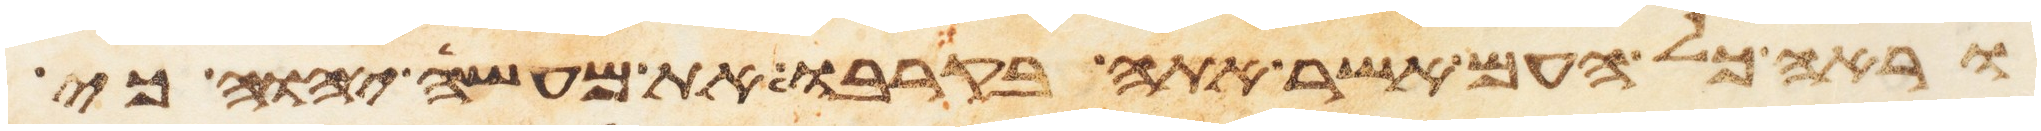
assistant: וראה כל העם אשר אתה בקרבו את מעשה יהוה כי